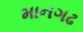
માનગઢ